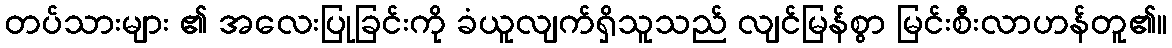
တပ်သားများ ၏ အလေးပြုခြင်းကို ခံယူလျက်ရှိသူသည် လျင်မြန်စွာ မြင်းစီးလာဟန်တူ၏။